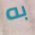
به